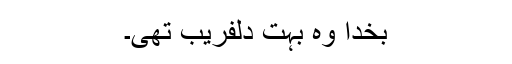
بخدا وہ بہت دلفریب تھی۔